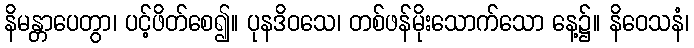
နိမန္တာပေတွာ၊ ပင့်ဖိတ်စေ၍။ ပုနဒိဝသေ၊ တစ်ဖန်မိုးသောက်သော နေ့၌။ နိဝေသနံ၊